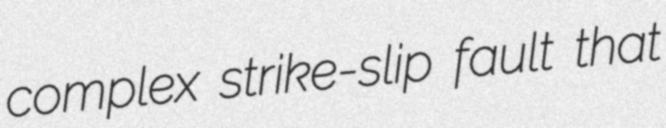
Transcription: complex strike-slip fault that